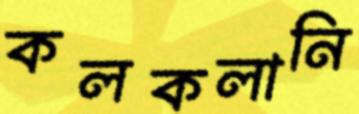
কলকলানি